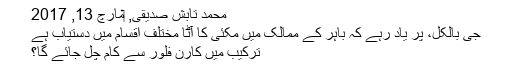
محمد تابش صدیقی, ‏مارچ 13, 2017
جی بالکل، پر یاد رہے کہ باہر کے ممالک میں مکئی کا آٹا مختلف اقسام میں دستیاب ہے
ترکیب میں کارن فلور سے کام چل جائے گا؟